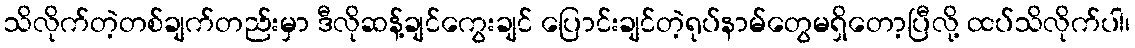
သိလိုက်တဲ့တစ်ချက်တည်းမှာ ဒီလိုဆန့်ချင်ကွေးချင် ပြောင်းချင်တဲ့ရုပ်နာမ်တွေမရှိတော့ပြီလို့ ထပ်သိလိုက်ပါ၊